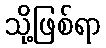
သို့ဖြစ်ရာ